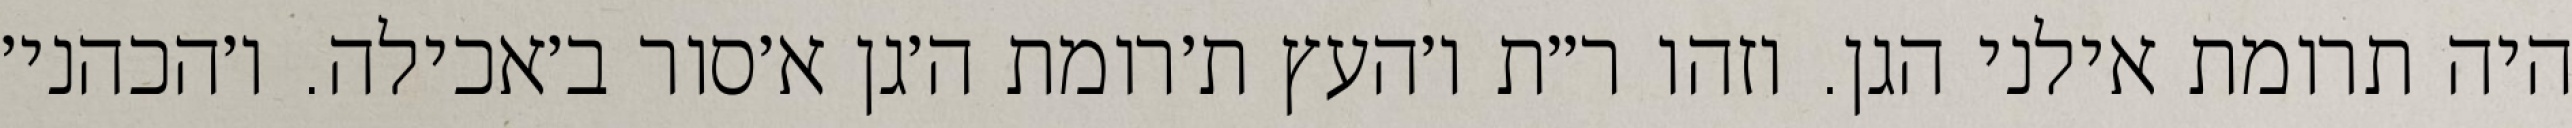
היה תרומת אילני הגן. וזהו ר״ת ו׳העץ ת׳רומת ה׳גן א׳סור ב׳אכילה. ו׳הכהני׳